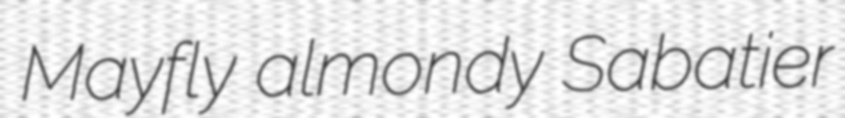
Mayfly almondy Sabatier